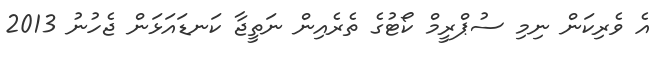
އެ ވެރިކަން ނިމި ސުޕްރީމް ކޯޓުގެ ތެރެއިން ނަތީޖާ ކަނޑައަޅަން ޖެހުނު 2013